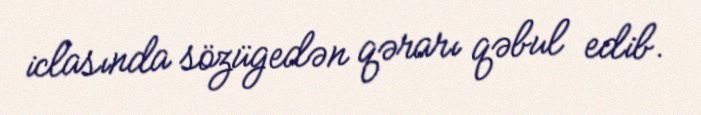
iclasında sözügedən qərarı qəbul edib.